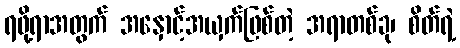
ရဖို့ရာအတွက် အနှောင့်အယှက်ဖြစ်တဲ့ အရာတစ်ခု၊ စိတ်ရဲ့